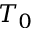
T _ { 0 }